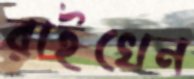
রাইখেন